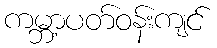
ကမ္ဘာ့ပတ်ဝန်းကျင်